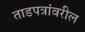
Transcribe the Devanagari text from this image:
ताडपत्रांवरील